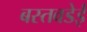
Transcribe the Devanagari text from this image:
बस्तवडेई